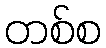
တစ်စ